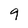
Character: 9